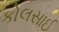
કોલસાઈ